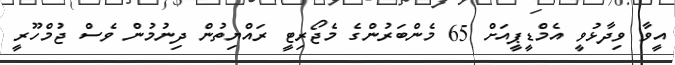
އީވާ ވިދާޅުވީ އެމްޑީޕީއަށް 65 މެންބަރުންގެ މެޖޯރިޓީ ރައްޔިތުން ދިނުމުން ވެސް ޖުމްހޫރީ